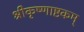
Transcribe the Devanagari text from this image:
श्रीकृष्णाष्टकम्